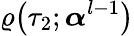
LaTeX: \varrho\big(\tau_{2};\boldsymbol{\alpha}^{l-1}\big)